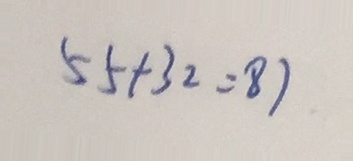
5 5 + 3 2 = 8 7